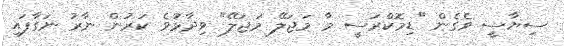
ސިޔާސީ ވެގެން "ޑިމޮކްރަސީ މާ މަޖަލޭ މަޖަލޭ" ވިދާޅުވެ ކަރުން ނާރު ނަގާފައި